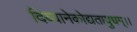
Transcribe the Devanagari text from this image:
दिव्यानेकोद्यतायुधम्‌।।